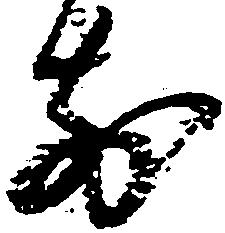
前